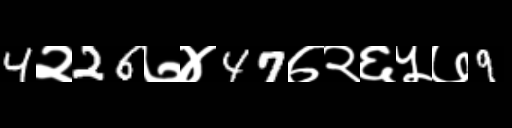
Text: 4२26७४47७२६५७9